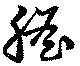
胆